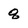
Character: q